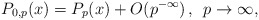
\begin{align*}P_{0,p}(x)=P_p(x)+O(p^{-\infty})\,,\:\:p\to\infty,\end{align*}